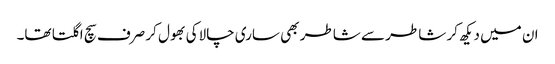
ان میں دیکھ کر شاطر سے شاطر بھی ساری چالاکی بھول کر صرف سچ اگلتا تھا۔